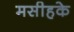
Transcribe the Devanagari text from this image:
मसीहके